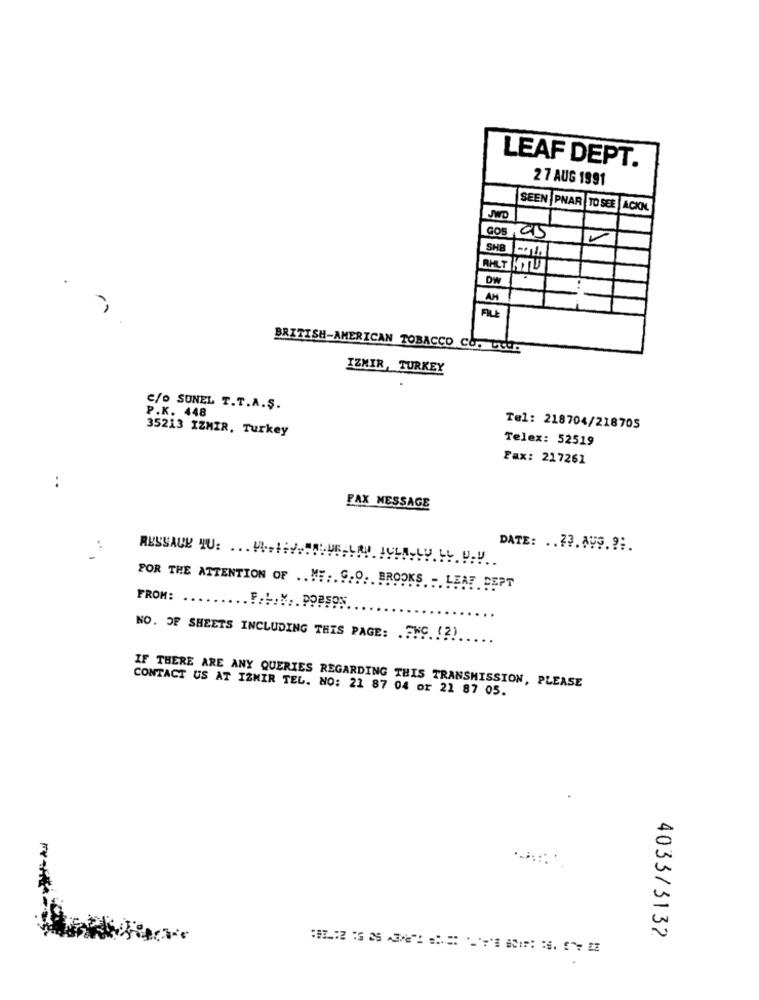
LEAF DEPT.
27 AUG 1991
SEEN |PNAR TO SEE | ACKN.
JWD
GOS CS
SHB
RHLTHTL
DW
AM
FILE
BRITISH-AMERICAN TOBACCO CO. LISU.
IZMIR, TURKEY
P.K. 448
C/O SONEL T.T.A.Ş.
35213 IZMIR, Turkey
Tel: 218704/218705
Telex: 52519
Fax: 217261
:
FAX MESSAGE
RESSAUL TU: ... !...!::
DATE: ..??. AUS. ?:.
POR THE ATTENTION OF .. M ... 9.0. BROOKS - LEAF DEPT
FROM:
.. F.L ... . PORSON
NO. OF SHEETS INCLUDING THIS PAGE: . F.C. !? )
CONTACT US AT IZMIR TEL. NO: 21 87 04 or 21 87 05.
IF THERE ARE ANY QUERIES REGARDING THIS TRANSMISSION, PLEASE
4033/3132